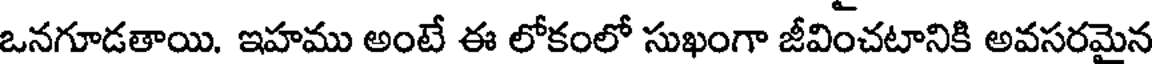
ఒనగూడతాయి. ఇహము అంటే ఈ లోకంలో సుఖంగా జీవించటానికి అవసరమైన